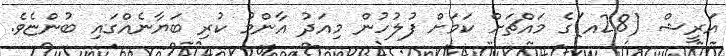
އަރީޝް (28އ)ގެ މައްޗަށް ކަމަށް ފުލުހުން މިއަދު އާންމު ކުރި ބަޔާނެއްގައި ބުންޏެވެ.